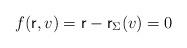
LaTeX: \begin{align*}f({\sf r}, v) = {\sf r} - {\sf r}_{\Sigma}(v) = 0\end{align*}